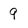
Character: 9